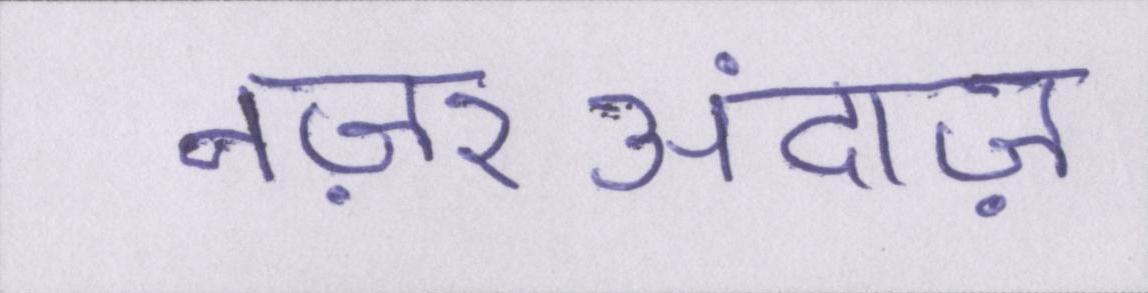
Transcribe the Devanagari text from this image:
नज़रअंदाज़